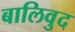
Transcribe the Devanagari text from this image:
बालिवुद